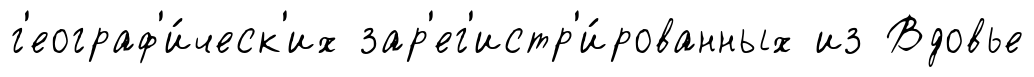
г'еограф'и́ческ'их зар'ег'истр'и́рованных из Вдовье